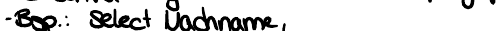
- Bsp.: select Nachname